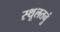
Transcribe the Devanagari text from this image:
स्थूलतनुं